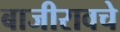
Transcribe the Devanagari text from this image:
बाजीरावचे